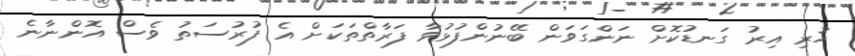
ހުރި އިރު ގަނޑުކޮށް ނަންގަވަން ބޭނުންފުޅުވާ ފަރާތްތަކަށް އެ ފުރުސަތު ވެސް އޮންނާނެ